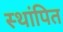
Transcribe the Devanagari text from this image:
स्थांपित